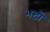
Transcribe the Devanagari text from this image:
भटो